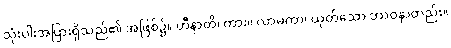
သုံးပါးအပြားရှိသည်၏ အဖြစ်၌။ ဟီနာတိ၊ ကား။ လာမကာ၊ ယုတ်သော ဘာဝနာတည်း။